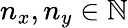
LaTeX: n_{x},n_{y}\in\mathbb{N}